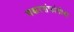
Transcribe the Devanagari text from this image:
मकरसंक्रांतीचा